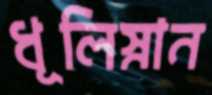
ধূলিস্নান